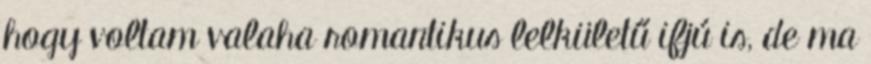
hogy voltam valaha romantikus lelkületű ifjú is, de ma